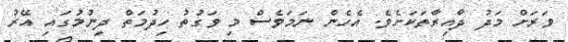
ވަރަށް މަދު ދާއިރާތަކަށެވެ. އެހެން ނަމަވެސް މި ވަގުތު ހިދުމަތް ދިނުމުގައި އޭރު